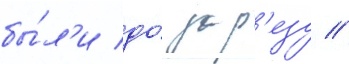
бы́л'и до́ зар'езу //